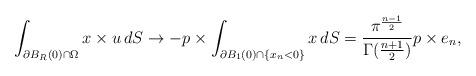
LaTeX: \begin{align*} \int_{\partial B_R(0) \cap \Omega} x \times u \, dS &\to -p \times \int_{\partial B_1(0) \cap \{x_n < 0\}} x \, dS = \frac{\pi^{\frac{n-1}{2}}}{\Gamma(\frac{n+1}{2})} p \times e_n, \end{align*}